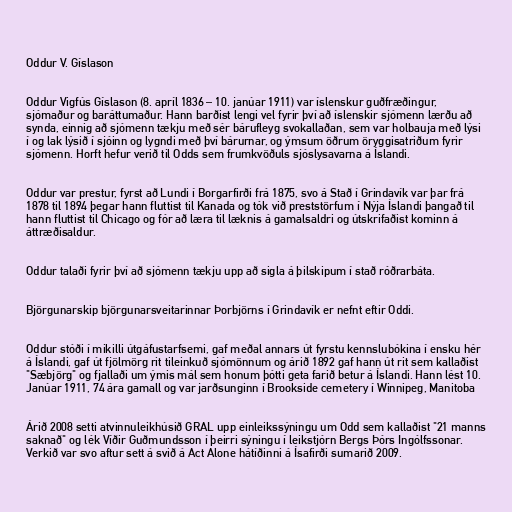
Oddur V. Gíslason

Oddur Vigfús Gíslason (8. apríl 1836 – 10. janúar 1911) var íslenskur guðfræðingur,
sjómaður og baráttumaður. Hann barðist lengi vel fyrir því að íslenskir sjómenn lærðu að
synda, einnig að sjómenn tækju með sér bárufleyg svokallaðan, sem var holbauja með lýsi
í og lak lýsið í sjóinn og lygndi með því bárurnar, og ýmsum öðrum öryggisatriðum fyrir
sjómenn. Horft hefur verið til Odds sem frumkvöðuls sjóslysavarna á Íslandi.

Oddur var prestur, fyrst að Lundi í Borgarfirði frá 1875, svo á Stað í Grindavík var þar frá
1878 til 1894 þegar hann fluttist til Kanada og tók við preststörfum í Nýja Íslandi þangað til
hann fluttist til Chicago og fór að læra til læknis á gamalsaldri og útskrifaðist kominn á
áttræðisaldur.

Oddur talaði fyrir því að sjómenn tækju upp að sigla á þilskipum í stað róðrarbáta.

Björgunarskip björgunarsveitarinnar Þorbjörns í Grindavík er nefnt eftir Oddi.

Oddur stóði í mikilli útgáfustarfsemi, gaf meðal annars út fyrstu kennslubókina í ensku hér
á Íslandi, gaf út fjölmörg rit tileinkuð sjómönnum og árið 1892 gaf hann út rit sem kallaðist
"Sæbjörg" og fjallaði um ýmis mál sem honum þótti geta farið betur á Íslandi. Hann lést 10.
Janúar 1911, 74 ára gamall og var jarðsunginn í Brookside cemetery í Winnipeg, Manitoba

Árið 2008 setti atvinnuleikhúsið GRAL upp einleikssýningu um Odd sem kallaðist "21 manns
saknað" og lék Víðir Guðmundsson í þeirri sýningu í leikstjórn Bergs Þórs Ingólfssonar.
Verkið var svo aftur sett á svið á Act Alone hátíðinni á Ísafirði sumarið 2009.